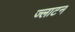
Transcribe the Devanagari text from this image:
ज्लाटन